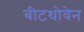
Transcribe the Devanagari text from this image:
बीटथोवेन